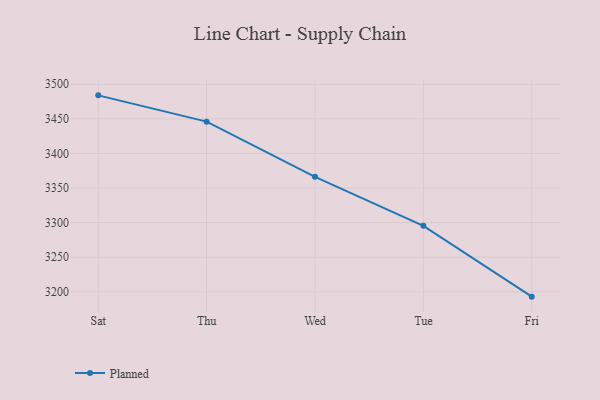
{"axis": {"x": "Day", "y": "Demand Index"}, "legend": ["Planned"], "data": [{"x": "Sat", "y": 3483.9, "type": "Planned"}, {"x": "Thu", "y": 3445.9, "type": "Planned"}, {"x": "Wed", "y": 3366.2, "type": "Planned"}, {"x": "Tue", "y": 3295.3, "type": "Planned"}, {"x": "Fri", "y": 3193.0, "type": "Planned"}]}